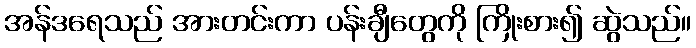
အန်ဒရေသည် အားတင်းကာ ပန်းချီတွေကို ကြိုးစား၍ ဆွဲသည်။